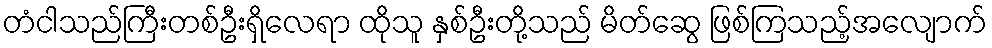
တံငါသည်ကြီးတစ်ဦးရှိလေရာ ထိုသူ နှစ်ဦးတို့သည် မိတ်ဆွေ ဖြစ်ကြသည့်အလျောက်